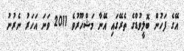
އޭގެ ފަހުން ބޮލީވުޑްގެ ތެރޭގައި އޭނާ މަޝްހޫރުވެ 2011 ވަނަ އަހަރު ނެރުނު